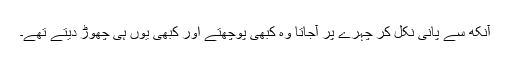
آنکھ سے پانی نکل کر چہرے پر آجاتا وہ کبھی پوچھتے اور کبھی یوں ہی چھوڑ دیتے تھے۔